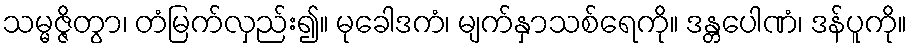
သမ္မဇ္ဇိတွာ၊ တံမြက်လှည်း၍။ မုခေါဒကံ၊ မျက်နှာသစ်ရေကို။ ဒန္တပေါဏံ၊ ဒန်ပူကို။